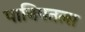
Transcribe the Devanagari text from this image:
पानिपतला